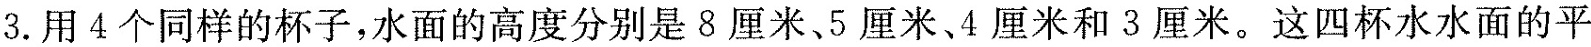
3.用4个同样的杯子，水面的高度分别是8厘米、5厘米、4厘米和3厘米。这四杯水水面的平